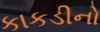
કાકડીનો